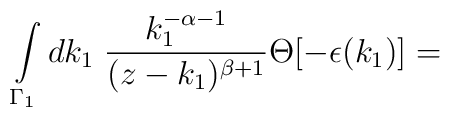
\int\limits_{{\Gamma}_1}dk_1\;\frac {k_1^{-\alpha-1}}{(z-k_1)^{\beta+1}}\Theta[-\epsilon(k_1)]=